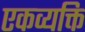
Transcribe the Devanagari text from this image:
एकव्यक्ति